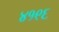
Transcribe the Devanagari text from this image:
४१९६